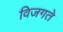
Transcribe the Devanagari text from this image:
विजगते